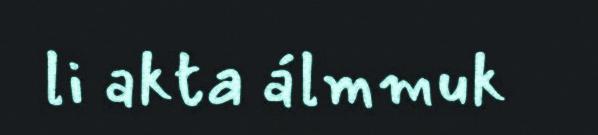
li akta álmmuk